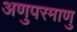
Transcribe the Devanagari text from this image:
अणुपरमाणु